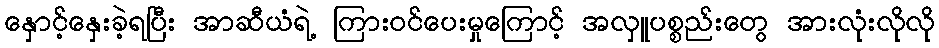
နှောင့်နှေးခဲ့ရပြီး အာဆီယံရဲ့ ကြားဝင်ပေးမှုကြောင့် အလှူပစ္စည်းတွေ အားလုံးလိုလို